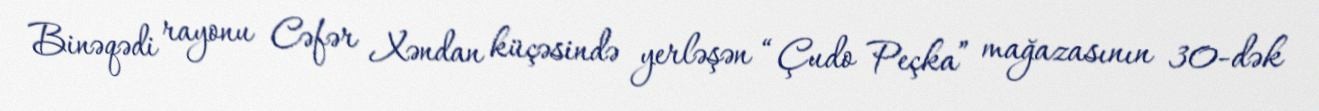
Binəqədi rayonu Cəfər Xəndan küçəsində yerləşən “Çudo Peçka” mağazasının 30-dək